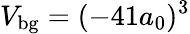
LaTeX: V_{\mathrm{bg}}=(-41a_{0})^{3}